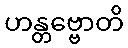
ဟန္တဗ္ဗောတိ